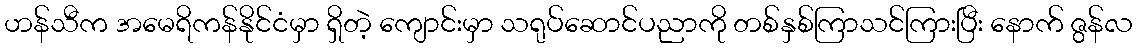
ဟန်သီက အမေရိကန်နိုင်ငံမှာ ရှိတဲ့ ကျောင်းမှာ သရုပ်ဆောင်ပညာကို တစ်နှစ်ကြာသင်ကြားပြီး နောက် ဇွန်လ